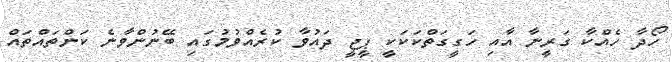
ހޯދާ ހެއްކާ ގަރީނާ އާއި ހަގީގަތްކަކަކީ ޕީޖީ ދައުވާ ކުރެއްވުމުގައި ބޭނުންވާނެ ކަންތައްތައް